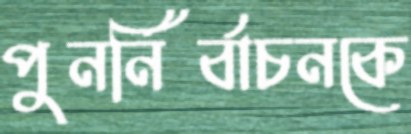
পুনর্নির্বাচনকে